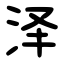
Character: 泽